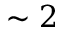
\sim 2